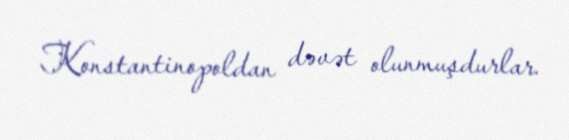
Konstantinopoldan dəvət olunmuşdurlar.